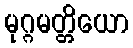
မုဂ္ဂမတ္တိယော